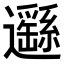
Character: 𨙂